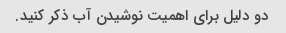
دو دلیل برای اهمیت نوشیدن آب ذکر کنید.